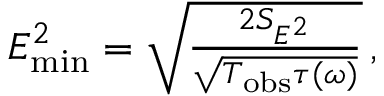
\begin{array} { r } { E _ { \mathrm { m i n } } ^ { 2 } = \sqrt { \frac { 2 S _ { E ^ { 2 } } } { \sqrt { T _ { \mathrm { o b s } } \tau ( \omega ) } } } \, , } \end{array}